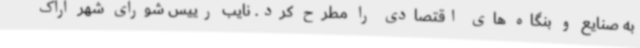
به صنایع و بنگاه های اقتصادی را مطرح کرد. نایب رییس شورای شهر اراک